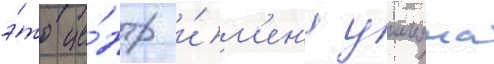
э́то це́нтр и́м'ен'и уильяма